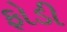
ફોડી